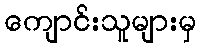
ကျောင်းသူများမှ